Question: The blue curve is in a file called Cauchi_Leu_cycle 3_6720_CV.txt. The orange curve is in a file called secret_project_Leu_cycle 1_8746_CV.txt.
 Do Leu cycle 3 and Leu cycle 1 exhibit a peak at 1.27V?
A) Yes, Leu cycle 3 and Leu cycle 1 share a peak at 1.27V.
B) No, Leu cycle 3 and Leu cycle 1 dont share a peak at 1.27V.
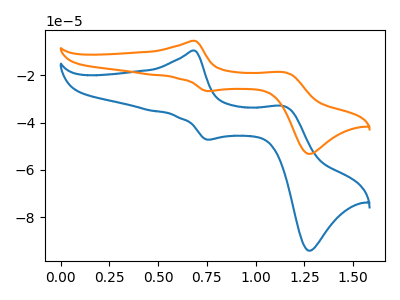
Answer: <think>The blue curve "Leu cycle 3" has anodic peaks at (0.70V, -9.60uA) (1.15V, -33.15uA) and cathodic peaks at (0.75V, -47.20uA) (1.25V, -94.05uA). The orange curve "Leu cycle 1" has anodic peaks at (0.70V, -5.45uA) (1.15V, -18.75uA) and cathodic peaks at (0.75V, -26.70uA) (1.25V, -53.20uA).</think>
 <answer>A) Yes, "Leu cycle 3" and "Leu cycle 1" share a peak at 1.27V.</answer>
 <eval>A</eval>